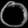
Digit: ၀